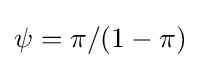
\psi =\pi /(1-\pi )